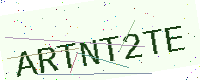
Text: ARTNT2TE